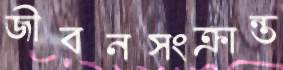
জীবনসংক্রান্ত